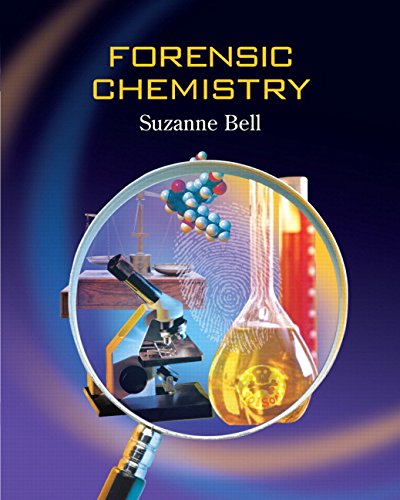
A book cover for Forensic Chemistry; Suzanne Bell; Science & Math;